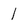
Character: 1